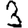
Digit: 3